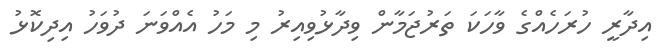
އިދާރީ ހުރަހެއްގެ ވާހަކަ ތަރުޖަމާން ވިދާޅުވިއިރު މި މަހު އެއްވަނަ ދުވަހު އިދިކޮޅު